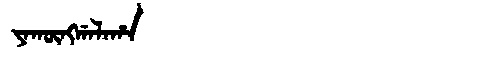
Manchu: ᠶᠠᡴᡡᠩᡤᠠᠯᠠᡥᠠ
Romanization: YAKŪNGGALAHA